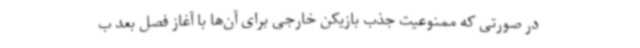
در صورتی که ممنوعیت جذب بازیکن خارجی برای آن‌ها با آغاز فصل بعد ب